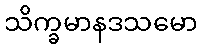
သိက္ခမာနဒသမော